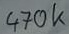
Text: 470k